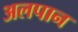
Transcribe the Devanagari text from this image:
अलपान